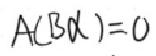
$A(3\alpha)=0$